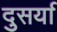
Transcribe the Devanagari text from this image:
दुसर्या